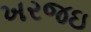
ખરજઇ